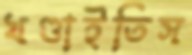
খণ্ডাইতিস